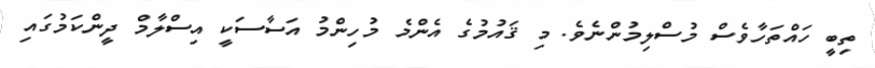
ތިބީ ހައްތަހާވެސް މުސްލިމުންނެވެ. މި ޤައުމުގެ އެންމެ މުހިންމު އަސާސަކީ އިސްލާމް ދީންކަމުގައި